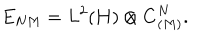
E _ { N M } = L ^ { 2 } ( { \bf H } ) \otimes { \bf C } _ { ( M ) } ^ { N } .